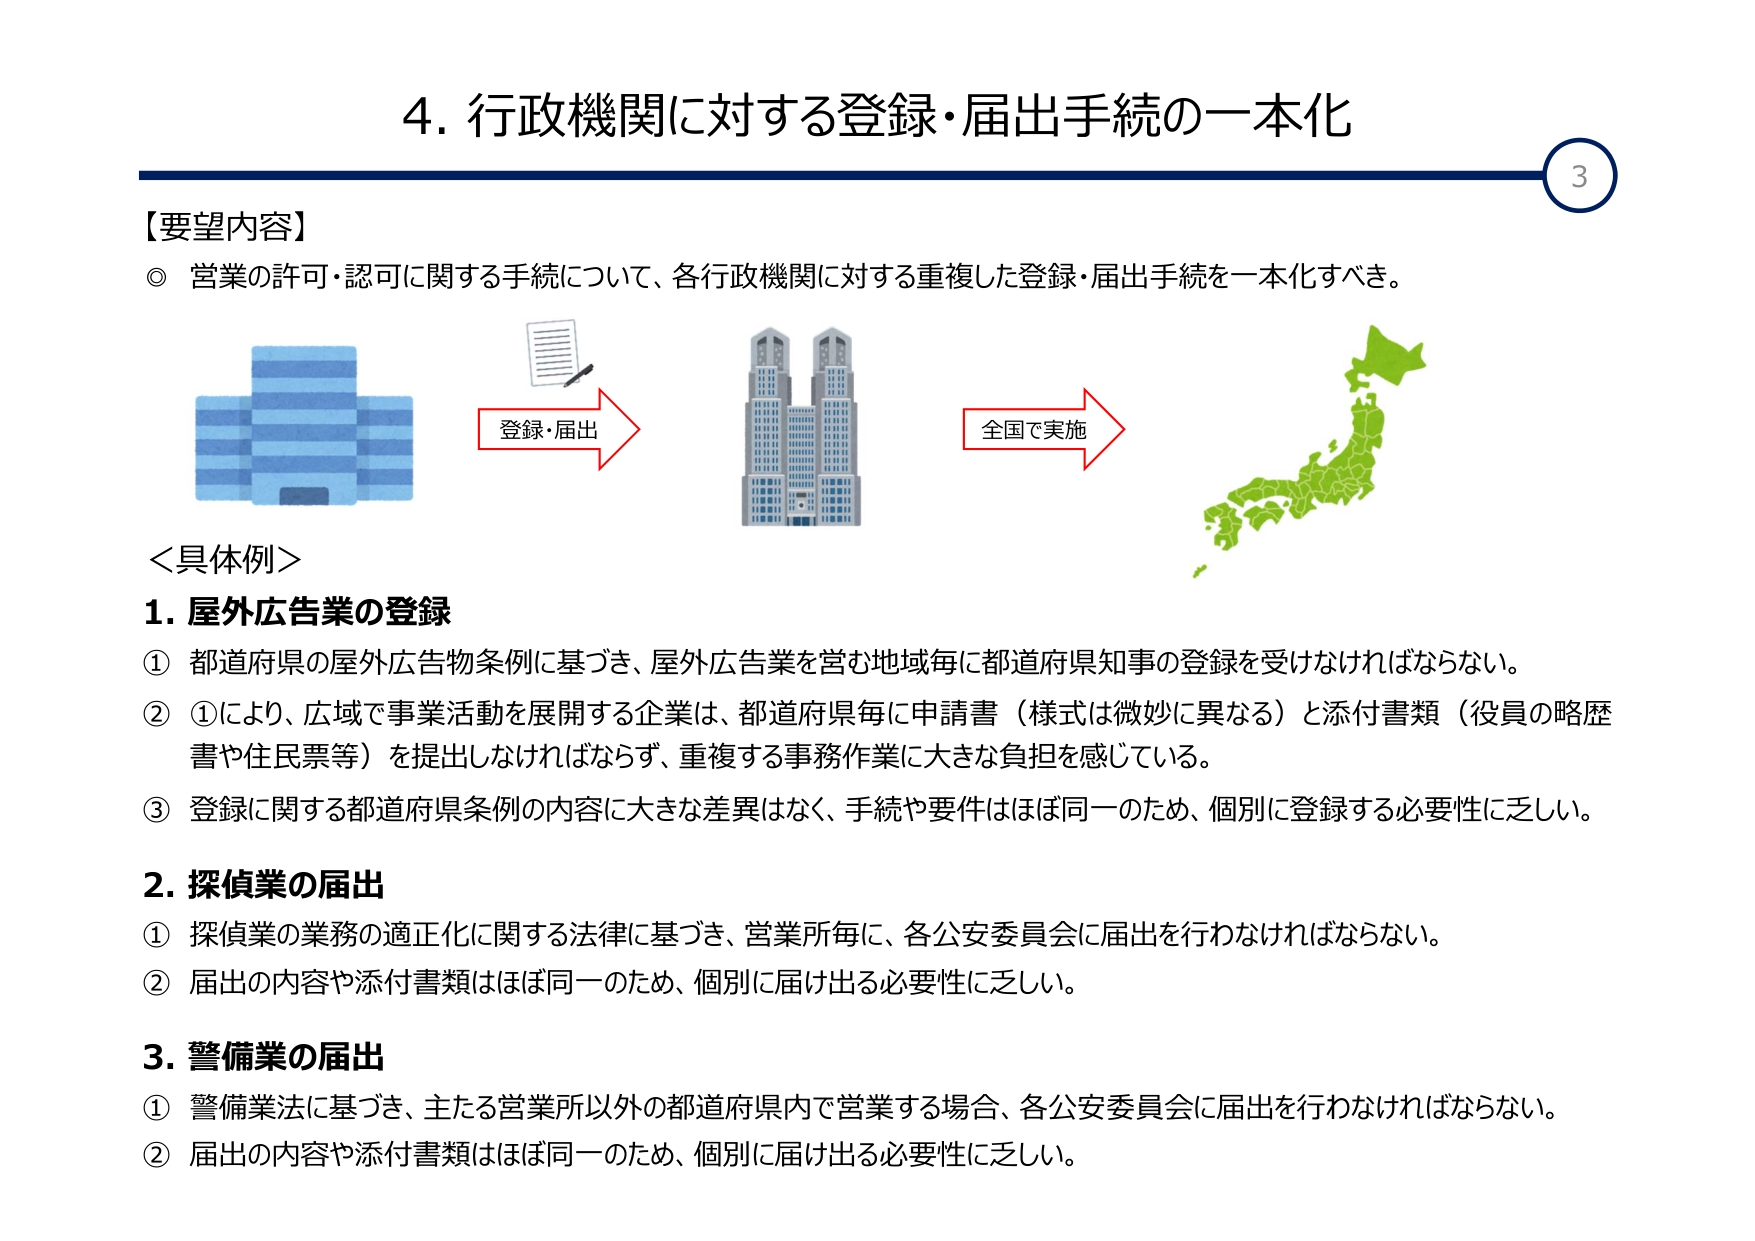
4. 行政機関に対する登録・届出手続の一本化

【要望内容】
◎ 営業の許可・認可に関する手続について、各行政機関に対する重複した登録・届出手続を一本化すべき。

登録・届出
全国で実施

＜具体例＞
1. 屋外広告業の登録
① 都道府県の屋外広告物条例に基づき、屋外広告業を営む地域毎に都道府県知事の登録を受けなければならない。
② ①により、広域で事業活動を展開する企業は、都道府県毎に申請書（様式は微妙に異なる）と添付書類（役員の略歴書や住民票等）を提出しなければならず、重複する事務作業に大きな負担を感じている。
③ 登録に関する都道府県条例の内容に大きな差異はなく、手続や要件はほぼ同一のため、個別に登録する必要性に乏しい。

2. 探偵業の届出
① 探偵業の業務の適正化に関する法律に基づき、営業所毎に、各公安委員会に届出を行わなければならない。
② 届出の内容や添付書類はほぼ同一のため、個別に届け出る必要性に乏しい。

3. 警備業の届出
① 警備業法に基づき、主たる営業所以外の都道府県内で営業する場合、各公安委員会に届出を行わなければならない。
② 届出の内容や添付書類はほぼ同一のため、個別に届け出る必要性に乏しい。